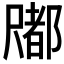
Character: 𡳤